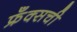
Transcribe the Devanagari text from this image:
फ्रँक्सची